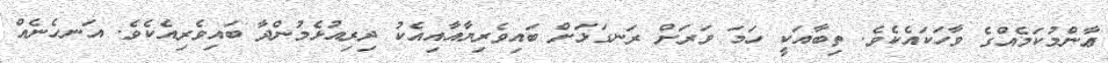
ޢާންމުކަމެއްގެ ވާހަކައެކެވެ. ތިބާއަކީ ހަމަ ވަރަށް ރަނގަޅަށް ބައިވެރިޔާއާއިއެކު ދިރިއުޅެމުންދާ ބައިވެރިއެކެވެ. އަނހެނެއް